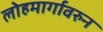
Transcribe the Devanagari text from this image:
लोहमार्गावरुन